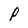
Character: P